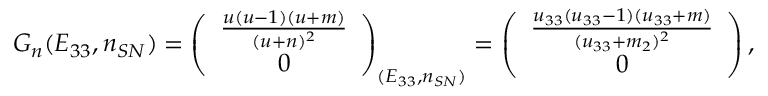
G _ { n } ( E _ { 3 3 } , n _ { S N } ) = \left( \begin{array} { c } { \frac { u ( u - 1 ) ( u + m ) } { ( u + n ) ^ { 2 } } } \\ { 0 } \end{array} \right) _ { ( E _ { 3 3 } , n _ { S N } ) } = \left( \begin{array} { c } { \frac { u _ { 3 3 } ( u _ { 3 3 } - 1 ) ( u _ { 3 3 } + m ) } { ( u _ { 3 3 } + m _ { 2 } ) ^ { 2 } } } \\ { 0 } \end{array} \right) ,